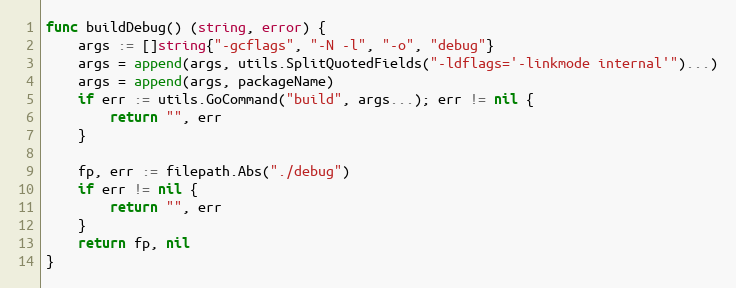
Language: Go
func buildDebug() (string, error) {
	args := []string{"-gcflags", "-N -l", "-o", "debug"}
	args = append(args, utils.SplitQuotedFields("-ldflags='-linkmode internal'")...)
	args = append(args, packageName)
	if err := utils.GoCommand("build", args...); err != nil {
		return "", err
	}

	fp, err := filepath.Abs("./debug")
	if err != nil {
		return "", err
	}
	return fp, nil
}